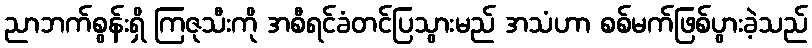
ညာဘက်စွန်းရှိ ကြဇုသီးကို အစီရင်ခံတင်ပြသွားမည် အသံဟာ စစ်မက်ဖြစ်ပွားခဲ့သည်